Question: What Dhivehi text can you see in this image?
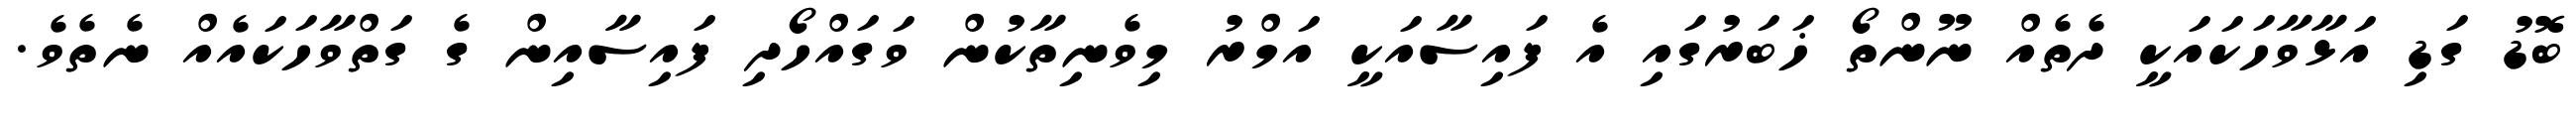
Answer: ބޮޑު ގަޑި އަޅާވާހަކައަކީ ދެތެއް ނޫންތޯ ޚަބަރުގައި އެ ފައިސާއަކީ އަމްރު މިވެނިތާކުން ވަގައްހޯދި ފައިސާއިން ގެ ގަތްވާހަކައެއް ނެތެވެ.